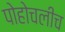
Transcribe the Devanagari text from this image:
पोहोचलीच